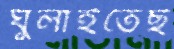
ঘুলাইতেছ